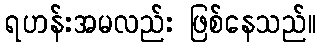
ရဟန်းအမလည်း ဖြစ်နေသည်။